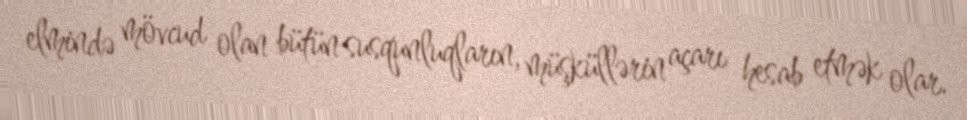
elmində mövcud olan bütün susqunluqların, müşküllərin açarı hesab etmək olar.